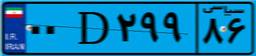
۰۰D۲۹۹۸۶